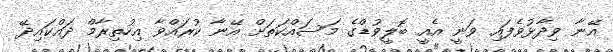
އޭނާ ވިދާޅުވެފައި ވަނީ އެއީ ބޮލީވުޑްގެ މަސައްކަތަށް އޭނާ ކުރައްވާ އިހުތިރާމް ދައްކައިދޭ